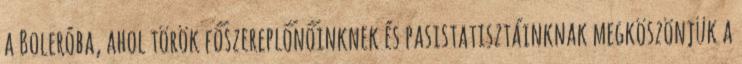
a Boleróba, ahol török főszereplőnőinknek és pasistatisztáinknak megköszönjük a